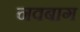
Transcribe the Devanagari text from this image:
नवबाग